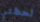
لحظتي